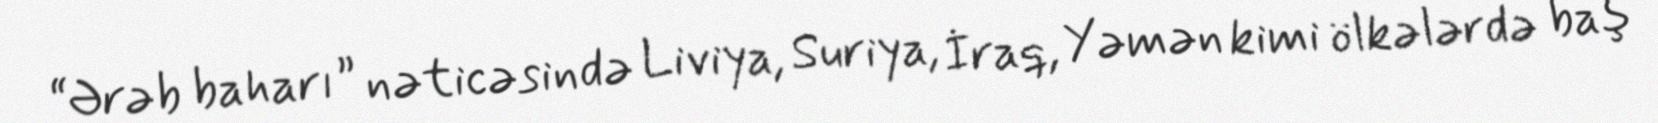
“Ərəb baharı” nəticəsində Liviya, Suriya, İraq, Yəmən kimi ölkələrdə baş